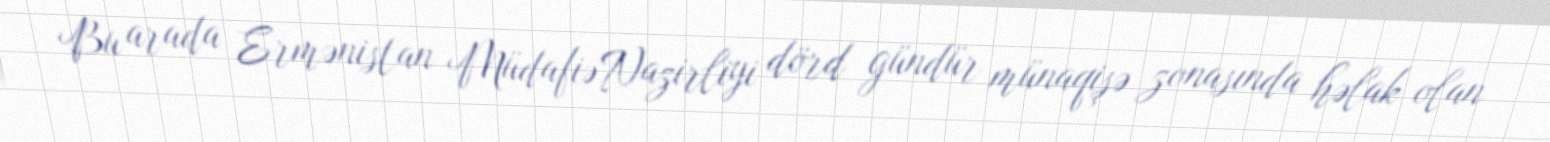
Bu arada Ermənistan Müdafiə Nazirliyi dörd gündür münaqişə zonasında həlak olan